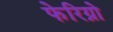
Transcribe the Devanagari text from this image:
फेरिग्नो